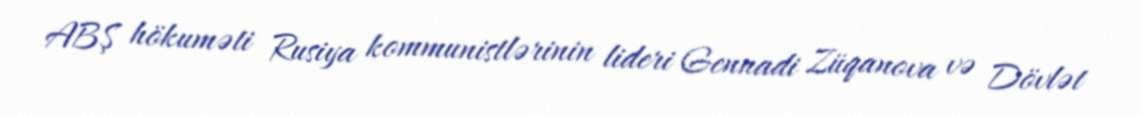
ABŞ hökuməti Rusiya kommunistlərinin lideri Gennadi Züqanova və Dövlət